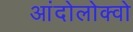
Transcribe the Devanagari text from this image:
आंदोलोक्वो